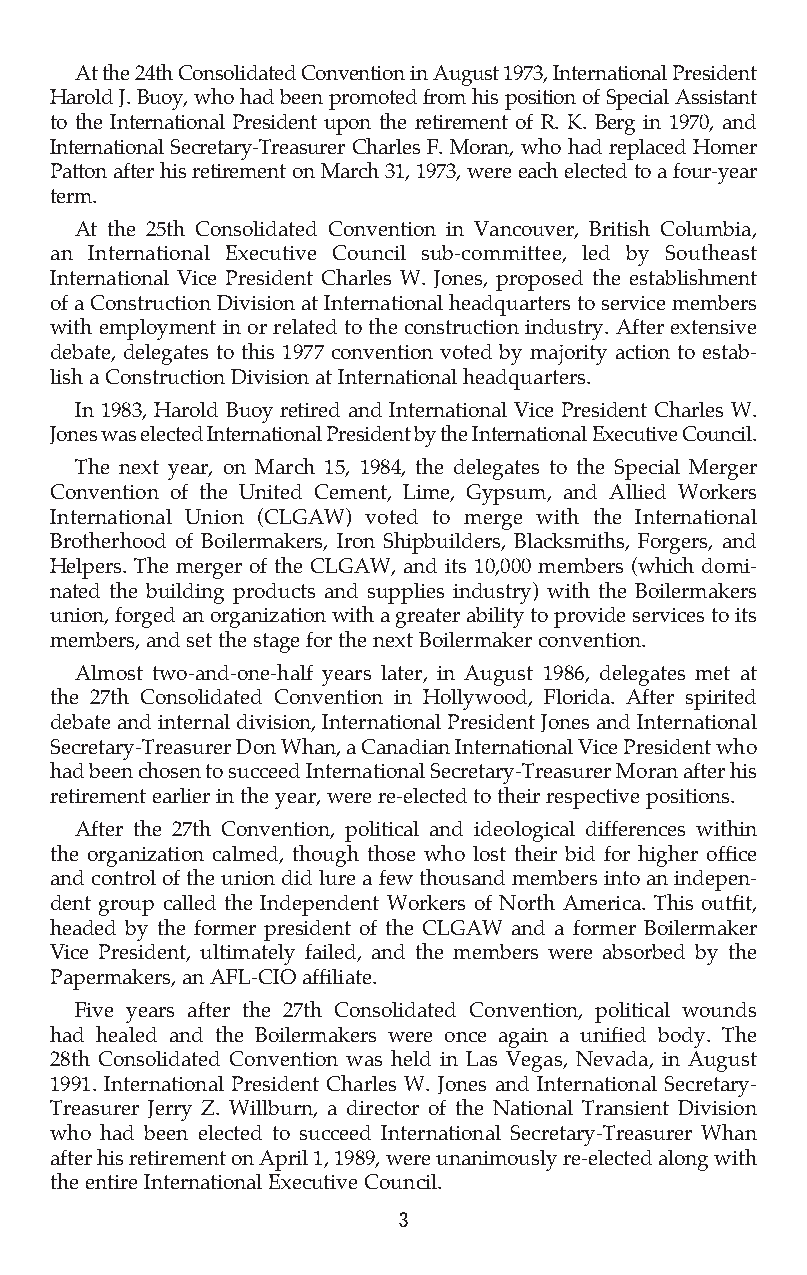
At the 24th Consolidated Convention in August 1973, International President
 Harold J. Buoy, who had been promoted from his position of Special Assistant
 to the International President upon the retirement of R. K. Berg in 1970, and
 International Secretary-Treasurer Charles F. Moran, who had replaced Homer
 Patton after his retirement on March 31, 1973, were each elected to a four-year
 term.
 At the 25th Consolidated Convention in Vancouver, British Columbia,
 an International Executive Council sub-committee, led by Southeast
 International Vice President Charles W. Jones, proposed the establishment
 of a Construction Division at International headquarters to service members
 with employment in or related to the construction industry. After extensive
 debate, delegates to this 1977 convention voted by majority action to estab-
 lish a Construction Division at International headquarters.
 In 1983, Harold Buoy retired and International Vice President Charles W.
 Jones was elected International President by the International Executive Council.
 The next year, on March 15, 1984, the delegates to the Special Merger
 Convention of the United Cement, Lime, Gypsum, and Allied Workers
 International Union (CLGAW) voted to merge with the International
 Brotherhood of Boilermakers, Iron Shipbuilders, Blacksmiths, Forgers, and
 Helpers. The merger of the CLGAW, and its 10,000 members (which domi-
 nated the building products and supplies industry) with the Boilermakers
 union, forged an organization with a greater ability to provide services to its
 members, and set the stage for the next Boilermaker convention.
 Almost two-and-one-half years later, in August 1986, delegates met at
 the 27th Consolidated Convention in Hollywood, Florida. After spirited
 debate and internal division, International President Jones and International
 Secretary-Treasurer Don Whan, a Canadian International Vice President who
 had been chosen to succeed International Secretary-Treasurer Moran after his
 retirement earlier in the year, were re-elected to their respective positions.
 After the 27th Convention, political and ideological differences within
 the organization calmed, though those who lost their bid for higher office
 and control of the union did lure a few thousand members into an indepen-
 dent group called the Independent Workers of North America. This outfit,
 headed by the former president of the CLGAW and a former Boilermaker
 Vice President, ultimately failed, and the members were absorbed by the
 Papermakers, an AFL-CIO affiliate.
 Five years after the 27th Consolidated Convention, political wounds
 had healed and the Boilermakers were once again a unified body. The
 28th Consolidated Convention was held in Las Vegas, Nevada, in August
 1991. International President Charles W. Jones and International Secretary-
 Treasurer Jerry Z. Willburn, a director of the National Transient Division
 who had been elected to succeed International Secretary-Treasurer Whan
 after his retirement on April 1, 1989, were unanimously re-elected along with
 the entire International Executive Council.
 3